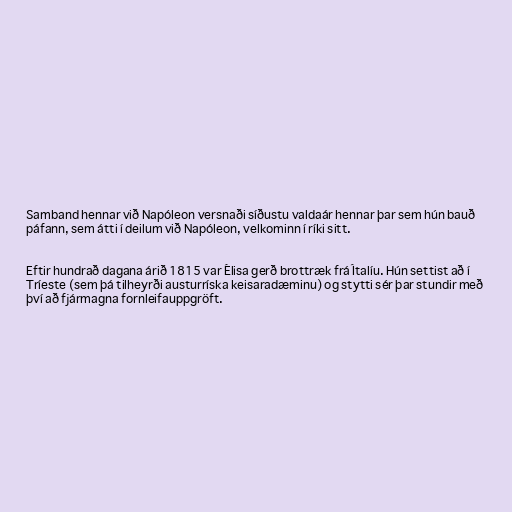
Samband hennar við Napóleon versnaði síðustu valdaár hennar þar sem hún bauð
páfann, sem átti í deilum við Napóleon, velkominn í ríki sitt.

Eftir hundrað dagana árið 1815 var Élisa gerð brottræk frá Ítalíu. Hún settist að í
Tríeste (sem þá tilheyrði austurríska keisaradæminu) og stytti sér þar stundir með
því að fjármagna fornleifauppgröft.